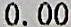
0.00